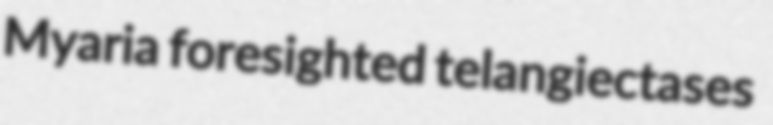
Myaria foresighted telangiectases